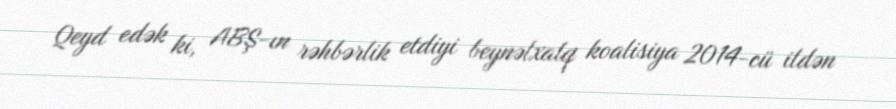
Qeyd edək ki, ABŞ-ın rəhbərlik etdiyi beynəlxalq koalisiya 2014-cü ildən